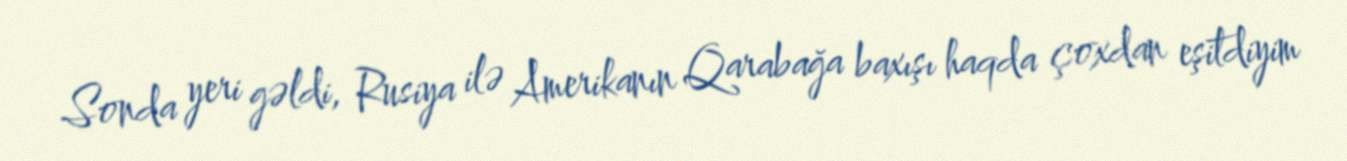
Sonda yeri gəldi, Rusiya ilə Amerikanın Qarabağa baxışı haqda çoxdan eşitdiyim